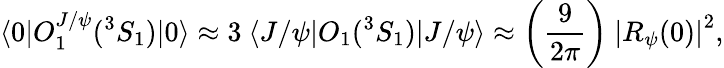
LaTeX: \langle 0|O_{1}^{J/\psi}(^{3}S_{1})|0\rangle\approx 3~\langle J/\psi|O_{1}(^{3}S_{1})|J/\psi\rangle\approx\left({\frac{9}{2\pi}}\right)~\left|R_{\psi}(0)\right|^{2},